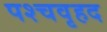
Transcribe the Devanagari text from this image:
पश्चवृहद